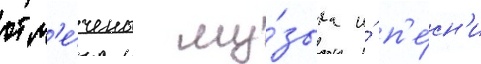
отм'е́чены му́зыка и́ п'е́сн'и